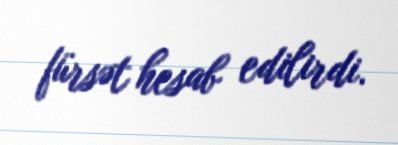
fürsət hesab edilirdi.